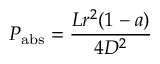
P _ { \mathrm { { a b s } } } = { \frac { L r ^ { 2 } ( 1 - a ) } { 4 D ^ { 2 } } }